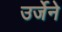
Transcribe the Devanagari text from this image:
उर्जेने